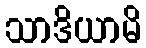
သာဒိယာမိ